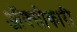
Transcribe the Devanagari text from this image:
ऑक्सीकारी